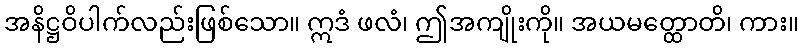
အနိဋ္ဌဝိပါက်လည်းဖြစ်သော။ ဣဒံ ဖလံ၊ ဤအကျိုးကို။ အယမတ္ထောတိ၊ ကား။